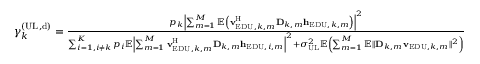
\begin{array} { r } { \gamma _ { k } ^ { ( \mathrm { U L } , \mathrm { d } ) } = \frac { { { p } _ { k } } { { \left| \sum _ { m = 1 } ^ { M } { \mathbb { E } \left( { \mathbf { v } } _ { \mathrm { E D U } , k , m } ^ { \mathrm { H } } { { \mathbf { D } } _ { k , m } } { { \mathbf { h } } _ { \mathrm { E D U } , k , m } } \right) } \right| } ^ { 2 } } } { \sum _ { i = 1 , i \ne k } ^ { K } { { { p } _ { i } } } \mathbb { E } { { \left| \sum _ { m = 1 } ^ { M } { { \mathbf { v } } _ { \mathrm { E D U } , k , m } ^ { \mathrm { H } } { { \mathbf { D } } _ { k , m } } { { \mathbf { h } } _ { \mathrm { E D U } , i , m } } } \right| } ^ { 2 } } + \sigma _ { \mathrm { U L } } ^ { 2 } \mathbb { E } \left( \sum _ { m = 1 } ^ { M } { \mathbb { E } \| { { \mathbf { D } } _ { k , m } } { { \mathbf { v } } _ { \mathrm { E D U } , k , m } } { { \| } ^ { 2 } } } \right) } } \end{array}